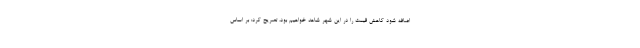
اضافه شود کاهش قیمت را در این شهر شاهد خواهیم بود، تصریح کرد: بر اساس